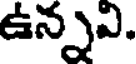
ఉన్నవి.